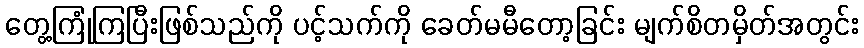
တွေ့ကြုံကြပြီးဖြစ်သည်ကို ပင့်သက်ကို ခေတ်မမီတော့ခြင်း မျက်စိတမှိတ်အတွင်း